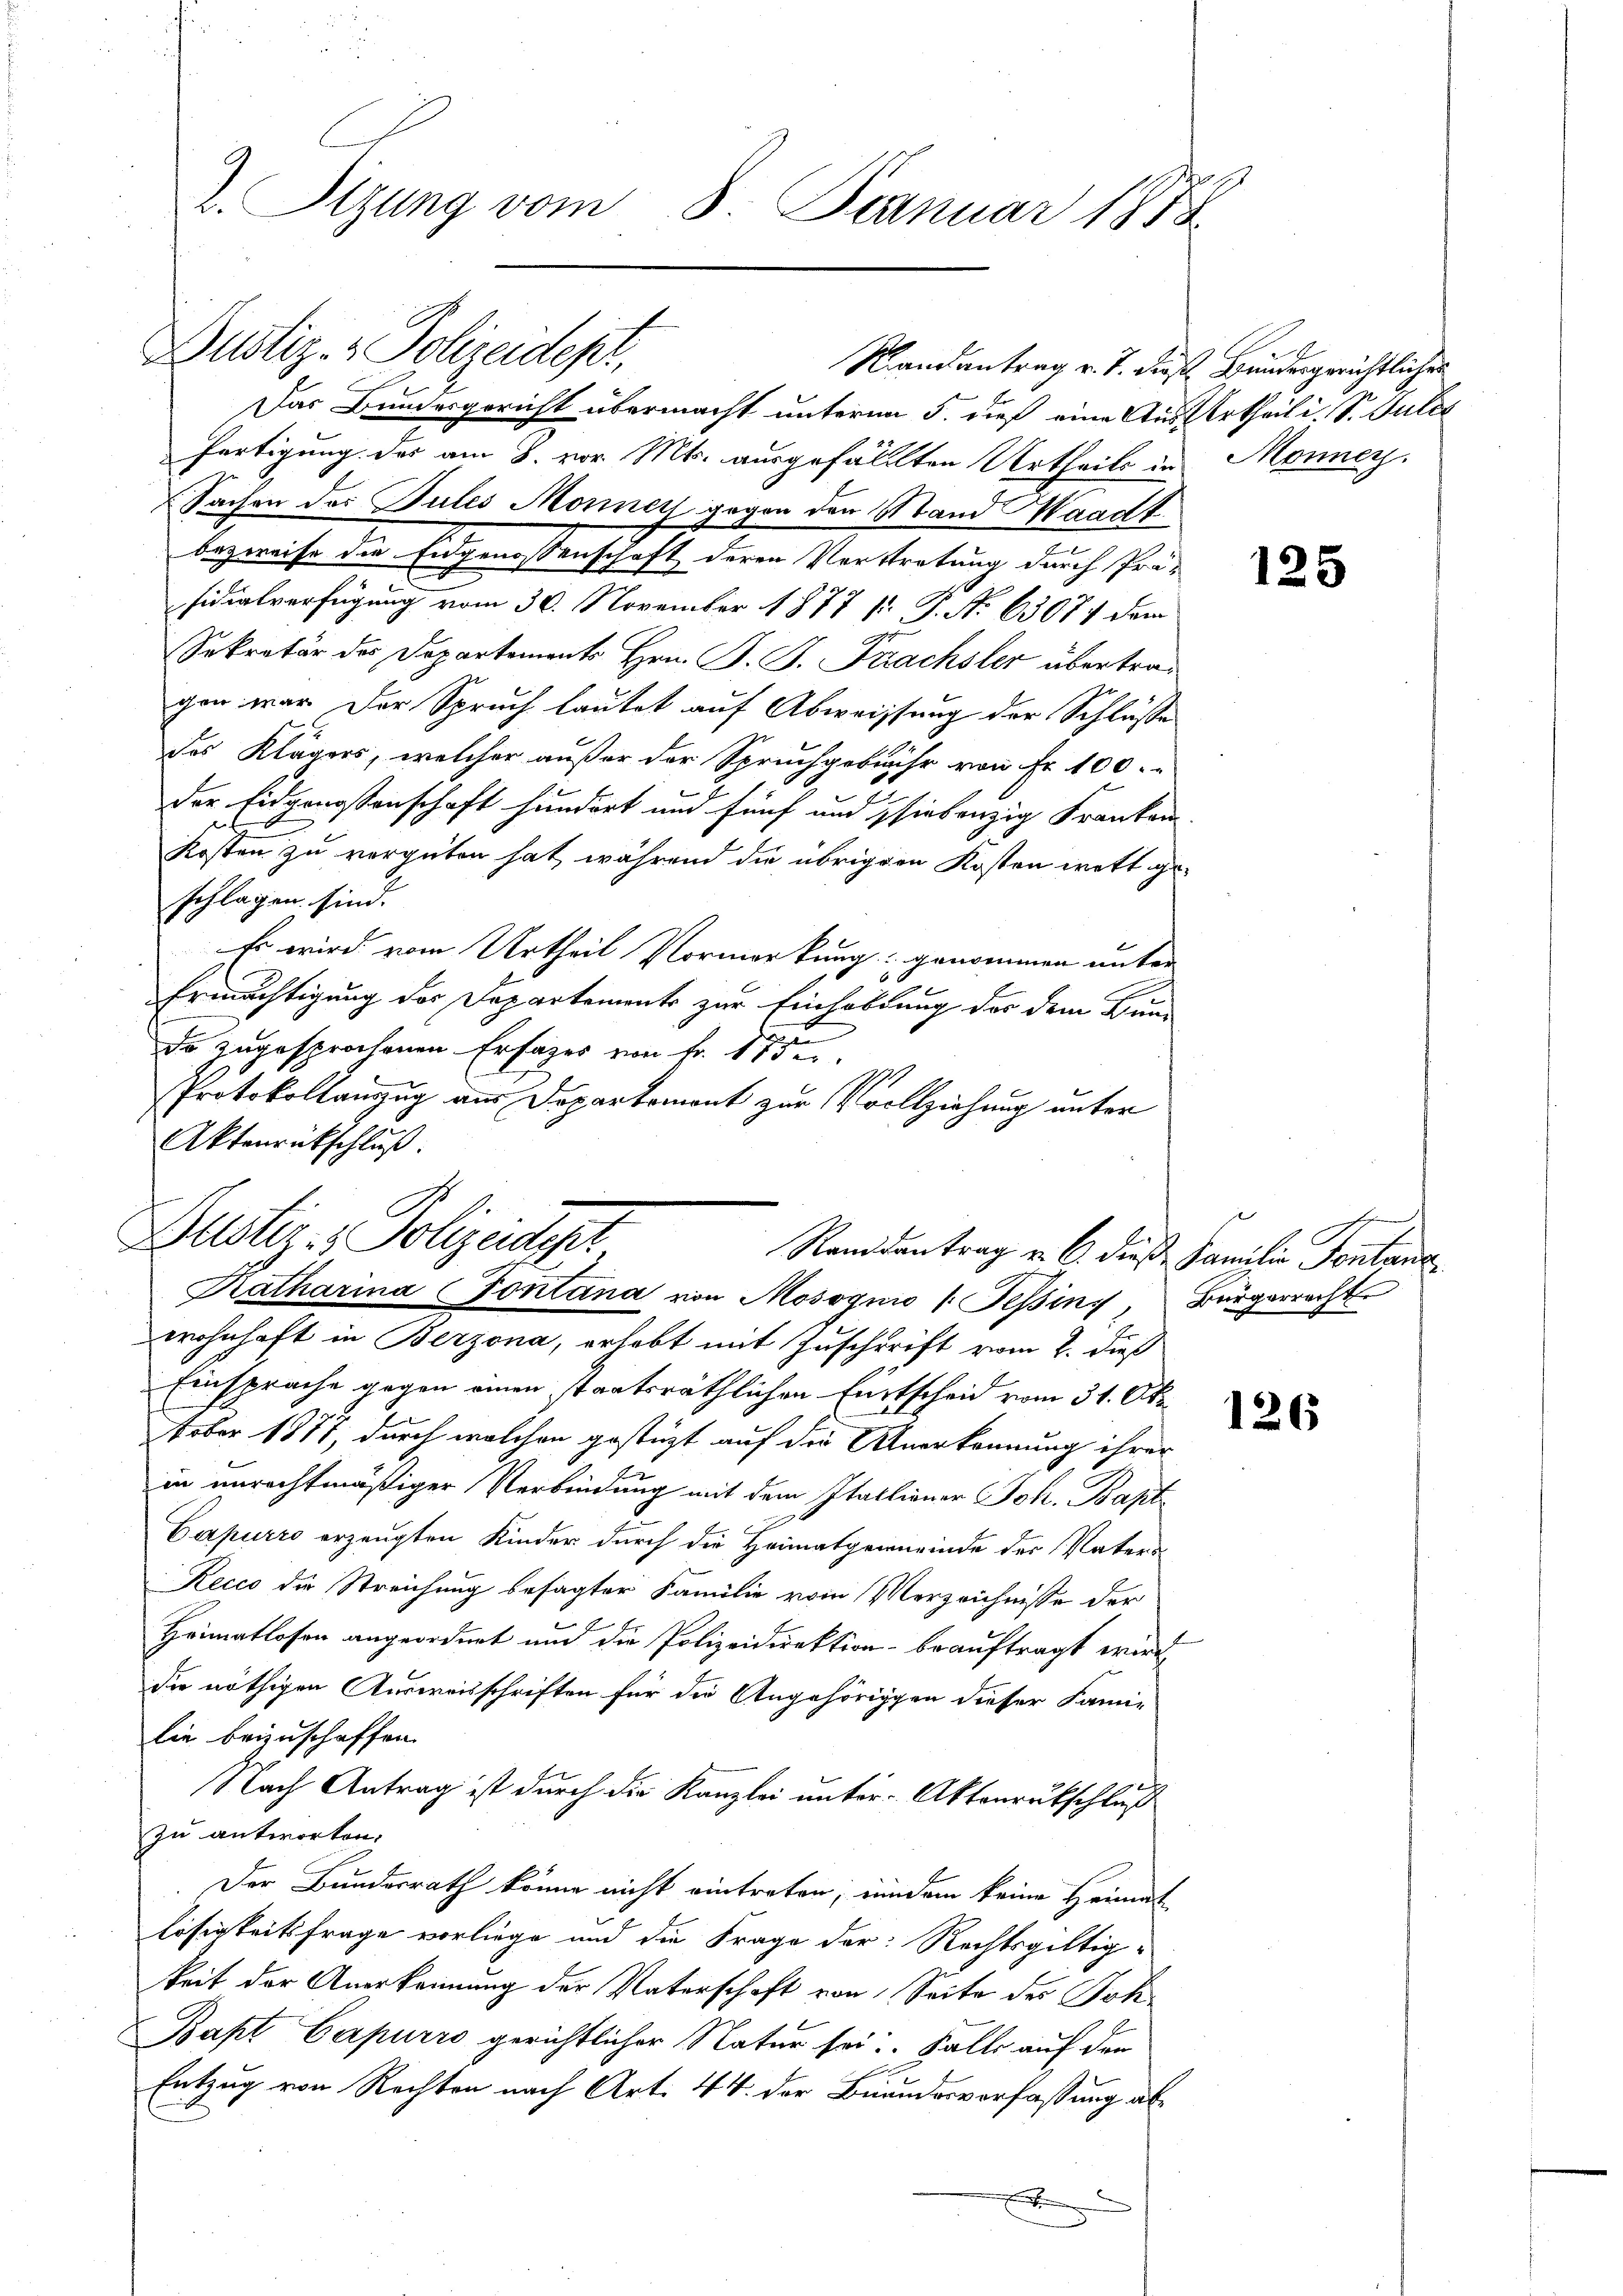
h
2. Sitzung vom 8. Januar 1858

Dustiz- & Polizeidep

Das Bundesgericht übermacht unterm 5. dieß eine Aus Urtheil i. S. Gutes
fertigung der am 8. vor. Mts. ausgefällten Urtheils in Monnen.
sidialverfügung vom 30. November 1877 f. P. Nr. 63077 dem
7
Sekretär des Departements Hrn. P. J. Krachsler übertragen war der Spruch lautet auf Abweissung der Schlüsse
des Klägers, welcher außer der Spruchgebühr von Fr. 100.
der Eidgenossenschaft hundort und fünf und siebenzig Frankam.
Kosten zu vergüten hat, während die übrigen Kosten wett geschlagen sind.
Es wird vom Urtheil Vormerkung genommen unter
Ermächtigung der Departemente zur Einhaltung der dem Bun-
do zugesprochenen Erfages von Fr. 17 der
Protokollauszug aus Departemont zur Vollziehung unter
Aktenrückschluß.

Sachen des Pules Monnoch gegen den Stand Waadt
bezweife die Eidgenossenschaft deren Verstretung durch Prä-

Dustiz - Polizeidigt
Ranidentrag u. 6. dieß Familie Fontanz
Ratharina Pontana von Mosognio (Tessin, Bürgerrecht

Randantrag v. J. dies Bundesgerichtlicher

wohnhaft in Berzona, erhebt mit Zuschrift vom 2. dieß
Einsprache gegen einen staatsräthlichen Entscheid vom 31. Ok
tober 1877, durch welchen gestüzt auf die Anerkennung ihrer
e
in unrechtmäßiger Verbindung mit dem Itallianer Joh. Bapt
Capurro erzeugten Kinder durch die Heimatgemeinde der Vaters
Recco die Streichung besagter Familie vom Verzeichnisse der
E
Heimatlosen angeordnet und die Polizeidirektion beauftragt wird
die nöthigen Ausweisschriften für die Angehöriggen dieser Fami-
Die beizuschaffen.
Nach Antrag ist durch die Kanzlei unter Aktenrutschluß
zu antworten.
Der Bundesrath könne nicht eintreten, indem keine Heimat
lösigkeitsfrage vorliege und die Frage der Rechtsgültig-
keit der Anerkennung der Vaterschaft von Seite des Joh¬
Bapt Capurro gerichtlicher Natur sei. Falle auf den
Entzug von Rechten nach Art. 44 der Bundesverfassung abx

125

126